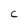
Character: C